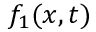
f _ { 1 } ( x , t )